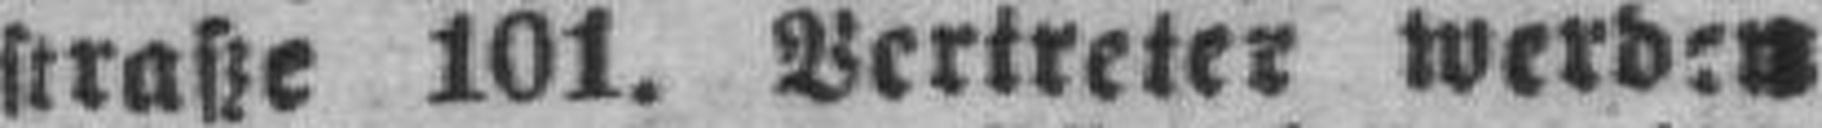
straße 101. Vertreter werden